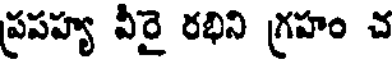
ప్రపహ్య వీరై రభిని గ్రహం చ